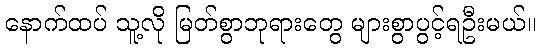
နောက်ထပ် သူ့လို မြတ်စွာဘုရားတွေ များစွာပွင့်ရဦးမယ်။